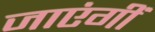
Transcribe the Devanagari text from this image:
जाएंगीं